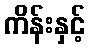
ကိန်းနှင့်